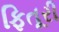
ફિતૂરી